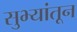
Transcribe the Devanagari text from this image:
सुभ्यांतून